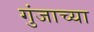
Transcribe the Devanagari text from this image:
गुंजाच्या